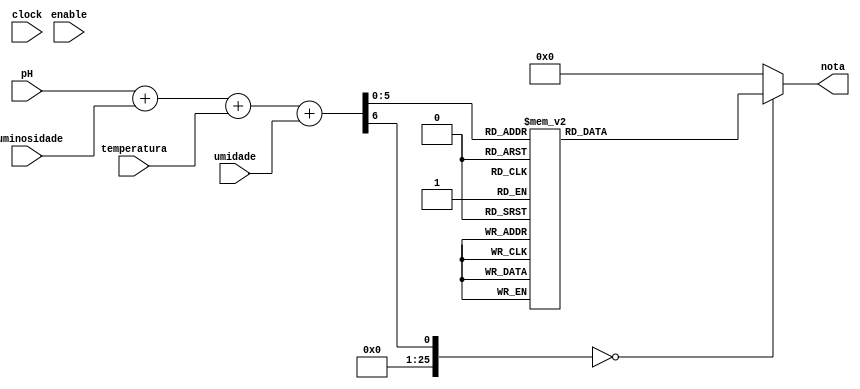
module calculador_media (clock, enable, temperatura, pH, luminosidade, umidade, nota);
	
	
	input clock, enable;
	input [3:0] temperatura, pH, luminosidade, umidade;

	output reg [3:0] nota;

	integer media;

	 always @* begin
		media = (pH + luminosidade + temperatura + umidade);
		$display("MEDIA %d", media);

	end
	// divisao nao  sintetizada no Verilog. Portanto, foi feita uma tabela com todos os possiveis multiplos de 3 (que eh de onde vem a media)
	always @*
    begin
        case (media) 
        1 : nota = 4'b0000;
		  2 : nota = 4'b0000;
        3 : nota = 4'b0001;
        4 : nota = 4'b0001;
        5 : nota = 4'b0001;
        6 : nota = 4'b0010;
        7 : nota = 4'b0010;
        8 : nota = 4'b0010;
        9 : nota = 4'b0011;
        10 : nota = 4'b0011;
	     11 : nota = 4'b0011;
        12 : nota = 4'b0100;
        13 : nota = 4'b0100;
        14 : nota = 4'b0100;
        15 : nota = 4'b0101;
        16 : nota = 4'b0101;
        17 : nota = 4'b0101;
        18 : nota = 4'b0110;
        19 : nota = 4'b0110;
        20 : nota = 4'b0110;
	     21 : nota = 4'b0111;
        22 : nota = 4'b0111;
        23 : nota = 4'b0111;
        24 : nota = 4'b1000;
        25 : nota = 4'b1000;
        26 : nota = 4'b1000;
        27 : nota = 4'b1001;
        28 : nota = 4'b1001;
        29 : nota = 4'b1001;
        40 : nota = 4'b1010;
	     41 : nota = 4'b1010;
        42 : nota = 4'b1010;
        43 : nota = 4'b1011;
        44 : nota = 4'b1011;
        45 : nota = 4'b1011;
        46 : nota = 4'b1100;
        47 : nota = 4'b1100;
        48 : nota = 4'b1100;
        49 : nota = 4'b1101;
        40 : nota = 4'b1101;
	     41 : nota = 4'b1101;
        42 : nota = 4'b1110;
        43 : nota = 4'b1110;
        44 : nota = 4'b1110;
        45 : nota = 4'b1111;

		default: nota = 4'b0000;

		endcase
	end
    
endmodule